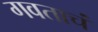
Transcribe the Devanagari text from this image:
गवताचं